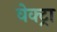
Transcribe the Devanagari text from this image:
वेक्ट्रा